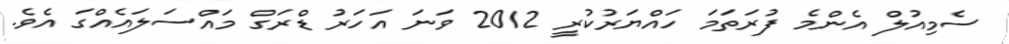
ސެމިއުލް އެންމެ ފުރަތަމަ ހައްޔަރުކުރީ 2012 ވަނަ އަހަރު ޑްރަގް މައްސަލައެއްގަ އެވެ.